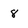
Character: 8